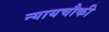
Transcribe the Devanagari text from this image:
न्यायचौकी